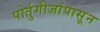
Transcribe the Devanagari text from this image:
पोर्तुगीजांपासून